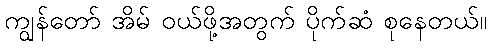
ကျွန်တော် အိမ် ဝယ်ဖို့အတွက် ပိုက်ဆံ စုနေတယ်။